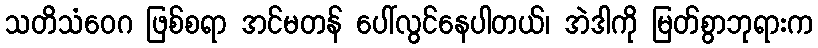
သတိသံဝေဂ ဖြစ်စရာ အင်မတန် ပေါ်လွင်နေပါတယ်၊ အဲဒါကို မြတ်စွာဘုရားက